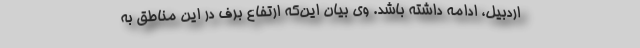
اردبیل، ادامه داشته باشد. وی بیان این‌که ارتفاع برف در این مناطق به